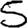
Digit: 5